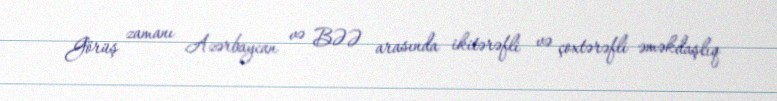
Görüş zamanı Azərbaycan və BƏƏ arasında ikitərəfli və çoxtərəfli əməkdaşlıq